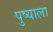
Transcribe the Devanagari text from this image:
पुष्याला